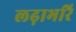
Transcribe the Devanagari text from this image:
लढ़ाभरि